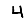
Digit: 4